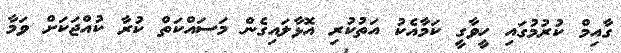
ގާއިމް ކުރުމުގައި ހީވާގީ ކަމާއެކު އަތުކުރި އޮޅާލައިގެން މަސައްކަތް ކުރާ ކުއްޖަކަށް ވަމާ